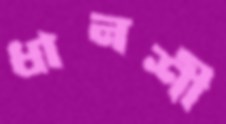
ধানশী